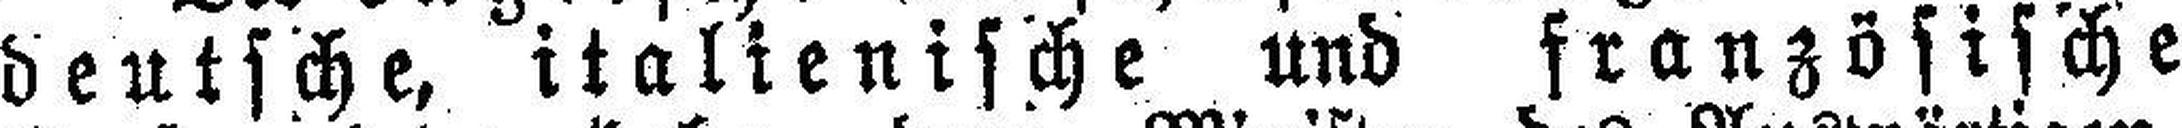
deutsche, italienische und französische